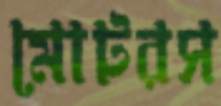
মোটরস